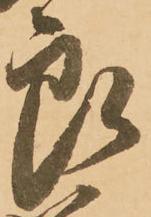
良